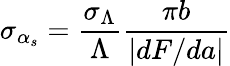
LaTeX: \sigma_{\alpha_{s}}=\frac{\sigma_{\Lambda}}{\Lambda}\frac{\pi b}{\left|dF/da\right|}